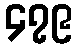
၄၇၉